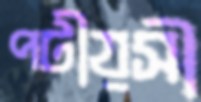
পটীয়সী